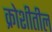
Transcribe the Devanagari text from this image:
क्रोशीतील